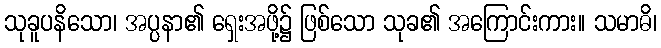
သုခူပနိသော၊ အပ္ပနာ၏ ရှေးအဖို့၌ ဖြစ်သော သုခ၏ အကြောင်းကား။ သမာဓိ၊